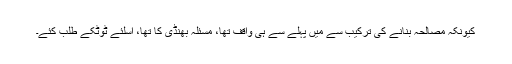
کیونکہ مصالحہ بنانے کی ترکیب سے میں پہلے سے ہی واقف تھا، مسئلہ بھنڈی کا تھا، اسلئے ٹوٹکے طلب کئے۔